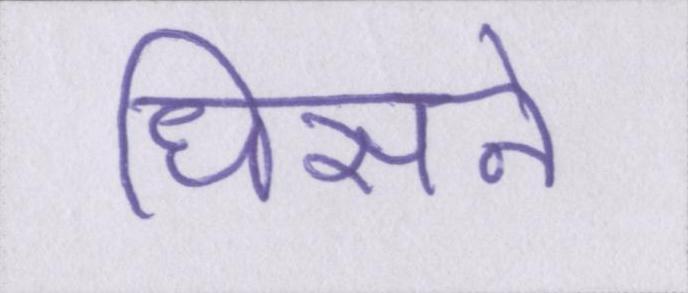
धिसने